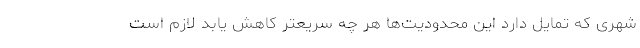
شهری که تمایل دارد این محدودیت‌ها هر چه سریعتر کاهش یابد لازم است